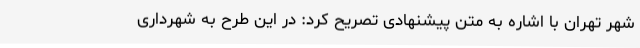
شهر تهران با اشاره به متن پیشنهادی تصریح کرد: در این طرح به شهرداری